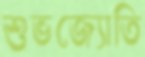
শুভজ্যোতি